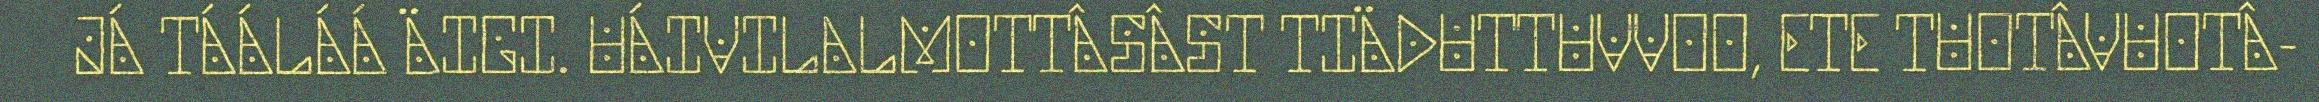
JÁ TÁÁLÁÁ ÄIGI. UÁIVILALMOTTÂSÂST TIÄDUTTUVVOO, ETE TUOTÂVUOTÂ-